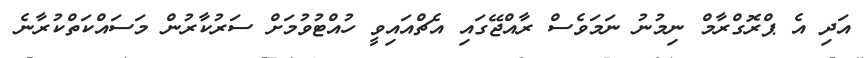
އަދި އެ ޕްރޮގްރާމް ނިމުނު ނަމަވެސް ރާއްޖޭގައި އެޗްއައިވީ ހުއްޓުވުމަށް ސަރުކާރުން މަސައްކަތްކުރާނެ